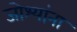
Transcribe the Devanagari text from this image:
जोश्यांना